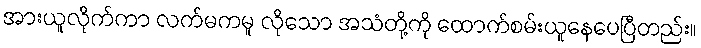
အားယူလိုက်ကာ လက်မကမူ လိုသော အသံတို့ကို ထောက်စမ်းယူနေပေပြီတည်း။